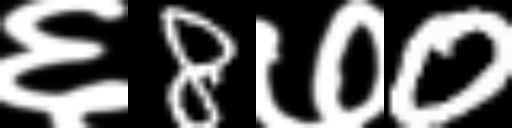
Text: ६8७0